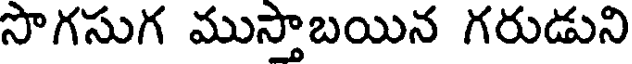
సొగసుగ ముస్తాబయిన గరుడుని